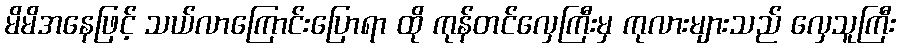
မိမိအနေဖြင့် သယ်လာကြောင်းပြောရာ ထို ကုန်တင်လှေကြီးမှ ကုလားများသည် လှေသူကြီး